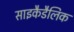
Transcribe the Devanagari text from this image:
साइकैडैलिक